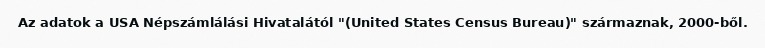
Az adatok a USA Népszámlálási Hivatalától "(United States Census Bureau)" származnak, 2000-ből.